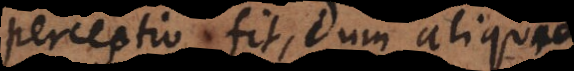
perceptio fit, dum aliquid